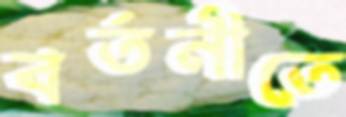
বর্তনীতে